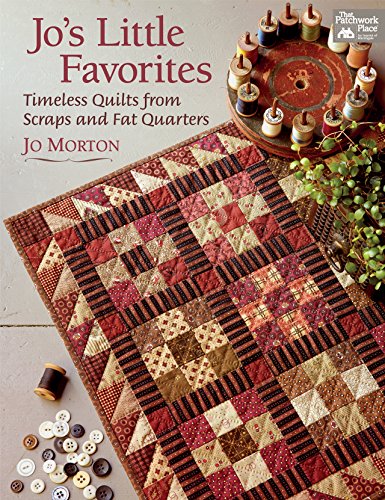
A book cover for Jo's Little Favorites: Timeless Quilts from Scraps and Fat Quarters; Jo Morton; Crafts, Hobbies & Home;